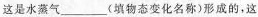
这是水蒸气___(填物态变化名称)形成的，这